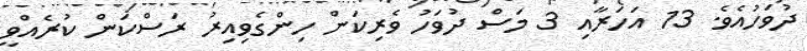
ދުވަހުއެވެ. 13 އަހަރާއި 3 މަސް ދުވަހު ވެރިކަން ހިންގެވިއިރު ރަސްކަން ކުރެއްވީ